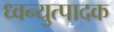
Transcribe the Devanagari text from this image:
ध्वन्युत्पादक